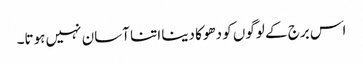
اس برج کے لوگوں کو دھوکا دینا اتنا آسان نہیں ہوتا۔